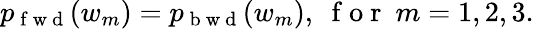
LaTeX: p_{\mathrm{~f~w~d~}}(w_{m})=p_{\mathrm{~b~w~d~}}(w_{m}),\ \mathrm{~f~o~r~}\ m=1,2,3.